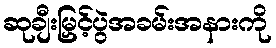
ဆုချီးမြှင့်ပွဲအခမ်းအနားကို